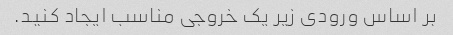
بر اساس ورودی زیر یک خروجی مناسب ایجاد کنید.